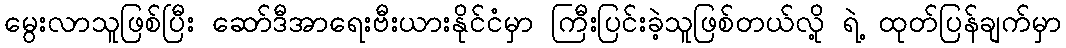
မွေးလာသူဖြစ်ပြီး ဆော်ဒီအာရေးဗီးယားနိုင်ငံမှာ ကြီးပြင်းခဲ့သူဖြစ်တယ်လို့ ရဲ့ ထုတ်ပြန်ချက်မှာ